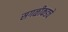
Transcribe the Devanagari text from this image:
सगळीकडचे